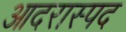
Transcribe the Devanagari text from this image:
आदरास्पद